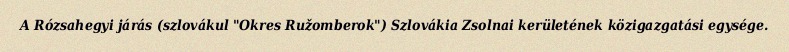
A Rózsahegyi járás (szlovákul "Okres Ružomberok") Szlovákia Zsolnai kerületének közigazgatási egysége.